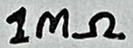
Text: 1MΩ